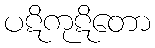
ပဋိကုဋိတော